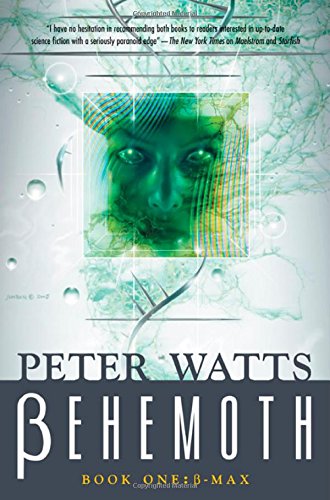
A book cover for Behemoth: B-Max; Peter Watts; Science Fiction & Fantasy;